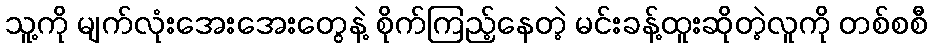
သူ့ကို မျက်လုံးအေးအေးတွေနဲ့ စိုက်ကြည့်နေတဲ့ မင်းခန့်ထူးဆိုတဲ့လူကို တစ်စစီ